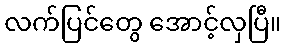
လက်ပြင်တွေ အောင့်လှပြီ။